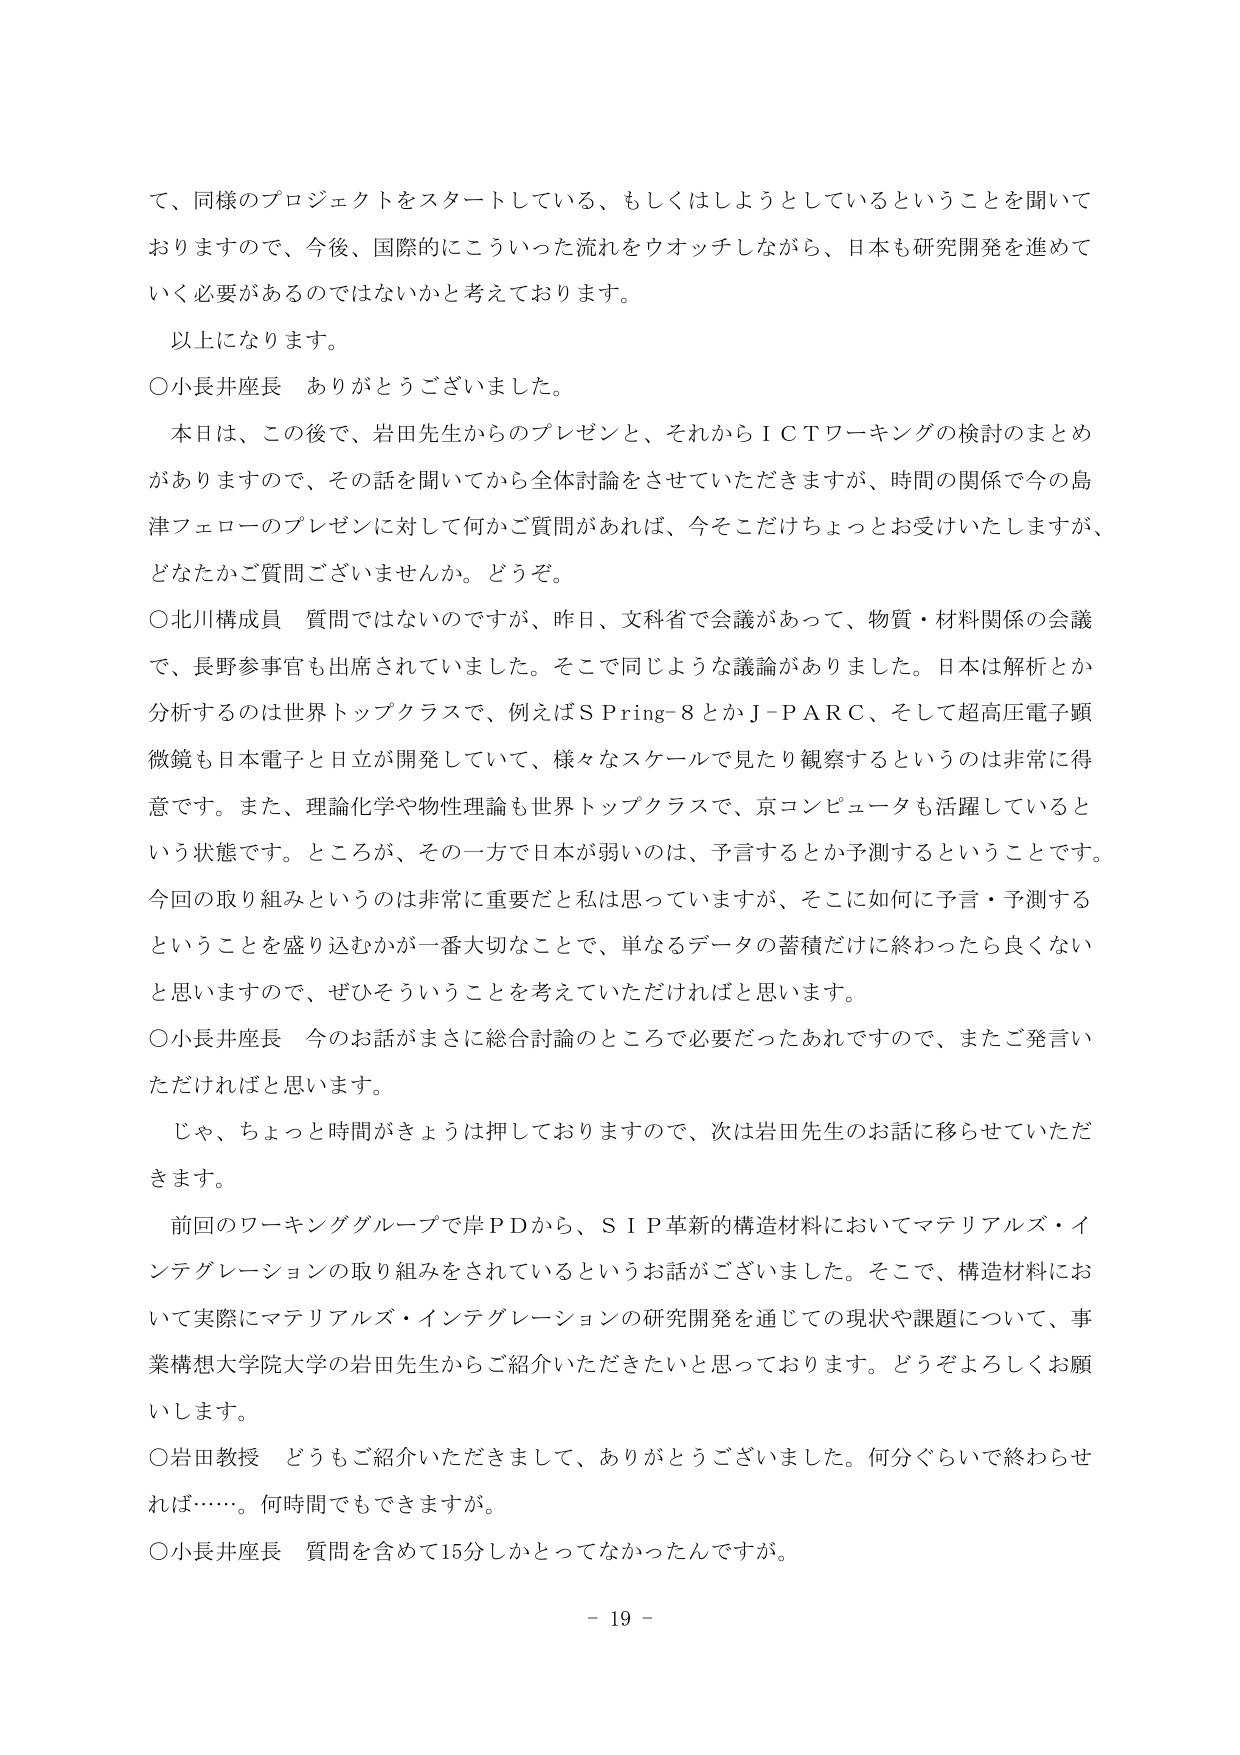
て、同様のプロジェクトをスタートしている、もしくはしようとしているということを聞いておりますので、今後、国際的にこういった流れをウォッチしながら、日本も研究開発を進めていく必要があるのではないかと考えております。

以上になります。

○小長井座長　ありがとうございました。

本日は、この後で、岩田先生からのプレゼンと、それからＩＣＴワーキングの検討のまとめがありますので、その話を聞いてから全体討論をさせていただきますが、時間の関係で今の島津フェローのプレゼンに対して何かご質問があれば、今そこだけちょっとお受けいたしますが、どなたかご質問ございませんか。どうぞ。

○北川構成員　質問ではないのですが、昨日、文科省で会議があって、物質・材料関係の会議で、長野参事官も出席されていました。そこで同じような議論がありました。日本は解析とか分析するのは世界トップクラスで、例えばＳＰｒｉｎｇ－８とかＪ－ＰＡＲＣ、そして超高圧電子顕微鏡も日本電子と日立が開発していて、様々なスケールで見たり観察するというのは非常に得意です。また、理論化学や物性理論も世界トップクラスで、京コンピュータも活躍しているという状態です。ところが、その一方で日本が弱いのは、予言するとか予測するということです。今回の取り組みというのは非常に重要だと私は思っていますが、そこに如何に予言・予測するということを盛り込むかが一番大切なことで、単なるデータの蓄積だけに終わったら良くないと思いますので、ぜひそういうことを考えていただければと思います。

○小長井座長　今のお話がまさに総合討論のところまで必要だったあれですので、またご発言いただければと思います。

じゃ、ちょっと時間がきょうは押しておりますので、次は岩田先生のお話に移らせていただきます。

前回のワーキンググループで岸ＰＤから、ＳＩＰ革新的構造材料においてマテリアルズ・インテグレーションの取り組みをされているというお話がございました。そこで、構造材料において実際にマテリアルズ・インテグレーションの研究開発を通じての現状や課題について、事業構想大学院大学の岩田先生からご紹介いただきたいと思っております。どうぞよろしくお願いします。

○岩田教授　どうもご紹介いただきまして、ありがとうございました。何分ぐらいで終わらせれば……。何時間でもできますが。

○小長井座長　質問を含めて15分しかとってなかったんですが。

－ 19 －